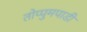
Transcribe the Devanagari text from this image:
तोप्पुमपाडी